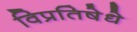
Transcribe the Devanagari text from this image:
विप्रतिषेधे